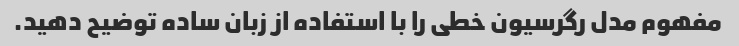
مفهوم مدل رگرسیون خطی را با استفاده از زبان ساده توضیح دهید.